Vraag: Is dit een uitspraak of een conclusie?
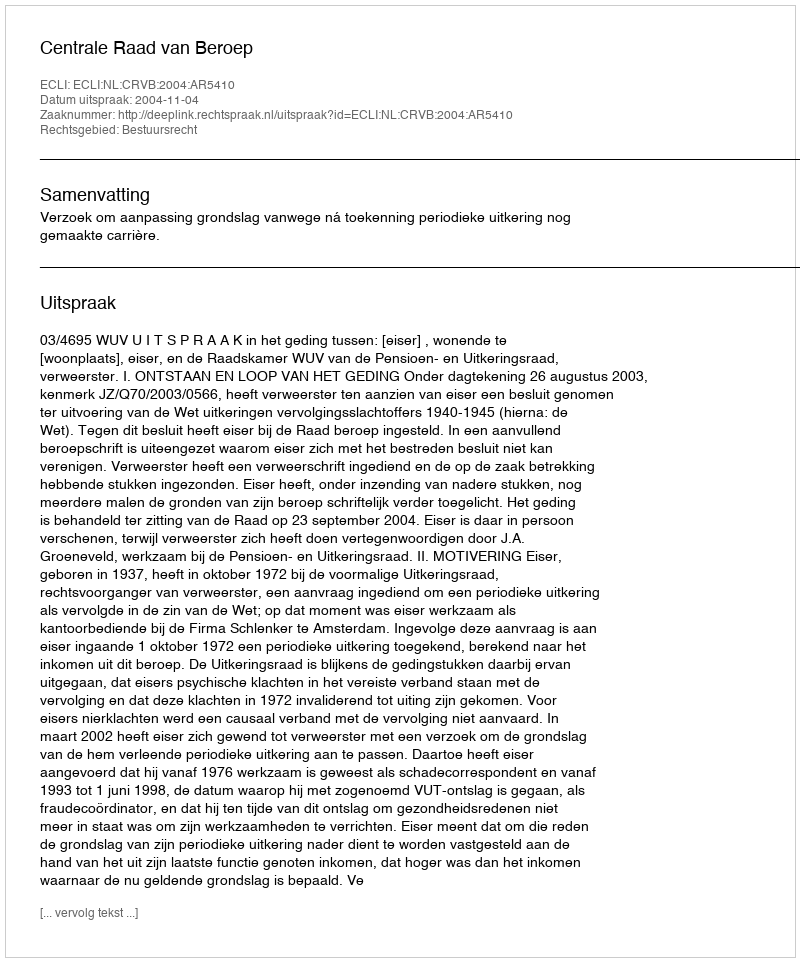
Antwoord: Uitspraak